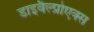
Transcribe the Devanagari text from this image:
डाइवैल्प्रोएक्स